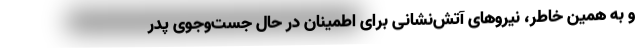
و به همین خاطر، نیروهای آتش‌نشانی برای اطمینان در حال جست‌وجوی پدرِ